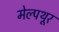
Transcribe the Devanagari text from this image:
मेल्पथूर